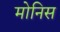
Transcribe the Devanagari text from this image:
मोनिस